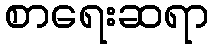
စာရေးဆရာ